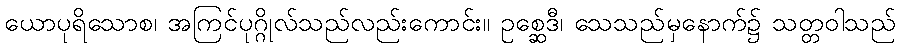
ယောပုရိသောစ၊ အကြင်ပုဂ္ဂိုလ်သည်လည်းကောင်း။ ဥစ္ဆေဒီ၊ သေသည်မှနောက်၌ သတ္တဝါသည်